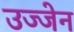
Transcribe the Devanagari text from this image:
उज्‍जेन